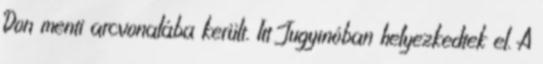
Don menti arcvonalába került. Itt Jugyinóban helyezkedtek el. A